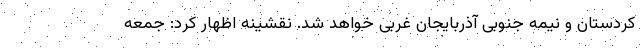
کردستان و نیمه جنوبی آذربایجان غربی خواهد شد. نقشینه اظهار کرد: جمعه